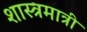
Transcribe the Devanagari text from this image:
शास्त्रमात्री